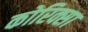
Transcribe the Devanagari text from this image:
कोरिक्सा